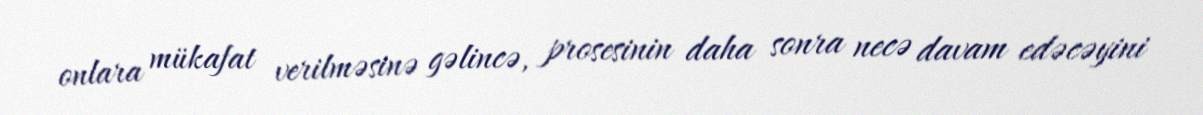
onlara mükafat verilməsinə gəlincə, prosesinin daha sonra necə davam edəcəyini